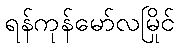
ရန်ကုန်မော်လမြိုင်